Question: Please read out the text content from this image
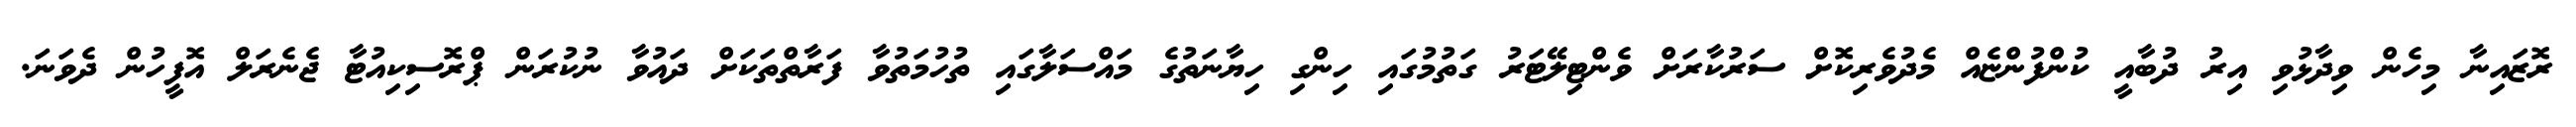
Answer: ރޮޒައިނާ މިހެން ވިދާޅުވި އިރު ދުބާއީ ކުންފުންޏެއް މެދުވެރިކޮށް ސަރުކާރަށް ވެންޓިލޭޓަރު ގަތުމުގައި ހިންގި ހިޔާނަތުގެ މައްސަލާގައި ތުހުމަތުވާ ފަރާތްތަކަށް ދައުވާ ނުކުރަން ޕްރޮސިކިއުޓާ ޖެނެރަލް އޮފީހުން ދެވަނަ.